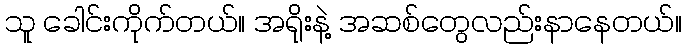
သူ ခေါင်းကိုက်တယ်။ အရိုးနဲ့ အဆစ်တွေလည်းနာနေတယ်။